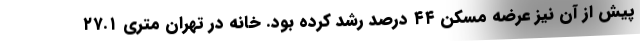
پیش از آن نیز عرضه مسکن ۴۴ درصد رشد کرده بود. خانه در تهران متری ۲۷.۱